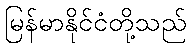
မြန်မာနိုင်ငံတို့သည်